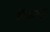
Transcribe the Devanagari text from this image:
मेंढखुर